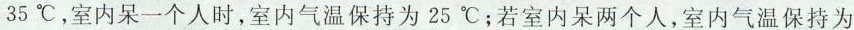
35^{\circ}C，室内呆一个人时，室内气温保持为25^{\circ}C；若室内呆两个人，室内气温保持为